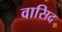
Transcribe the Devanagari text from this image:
वासिद